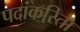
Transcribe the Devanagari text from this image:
पदांकरिता